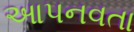
આપનવતા